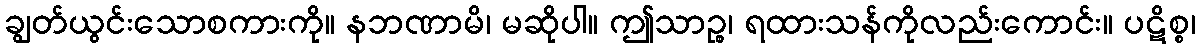
ချွတ်ယွင်းသောစကားကို။ နဘဏာမိ၊ မဆိုပါ။ ဤသာဉ္စ၊ ရထားသန်ကိုလည်းကောင်း။ ပဋိစ္စ၊